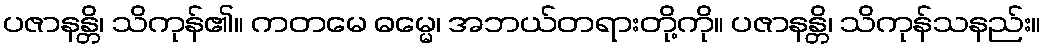
ပဇာနန္တိ၊ သိကုန်၏။ ကတမေ ဓမ္မေ၊ အဘယ်တရားတို့ကို။ ပဇာနန္တိ၊ သိကုန်သနည်း။